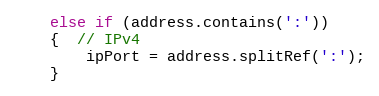
Language: C++
    else if (address.contains(':'))
    {  // IPv4
        ipPort = address.splitRef(':');
    }